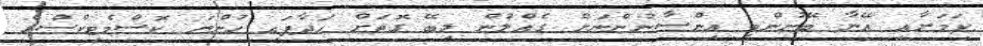
ކަމަށާއި އޭނާ ބޭނުންވީ އިންސާނުންނަށް ގެއްލުން ލިބޭ ގޮތަށް ހަދާފައި ހުންނަ ކޮސްމެޓިކްސްގެ